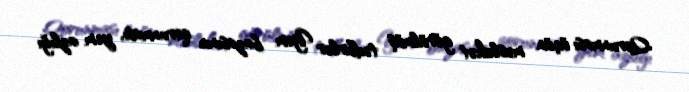
Qorunması üçün məsləhət görülmüş tədbirlər Yem bazasının qorunması, yem azlığı